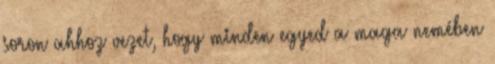
soron ahhoz vezet, hogy minden egyed a maga nemében